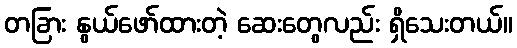
တခြား နွယ်ဖော်ထားတဲ့ ဆေးတွေလည်း ရှိသေးတယ်။